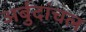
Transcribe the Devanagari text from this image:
अर्बुदांचल